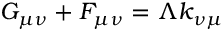
G _ { \mu \nu } + { \cal F } _ { \mu \nu } = \Lambda k _ { \nu \mu }